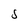
Character: 5